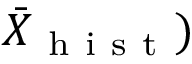
\bar { X } _ { \mathrm { ~ h ~ i ~ s ~ t ~ } } )